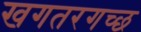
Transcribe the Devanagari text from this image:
खगतरगच्छ